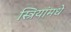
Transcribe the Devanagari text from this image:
स्त्रियांमधे